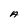
Character: A